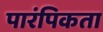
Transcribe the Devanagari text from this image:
पारंपिकता